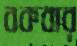
বকবার